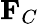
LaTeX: \mathbf{F}_{C}